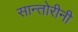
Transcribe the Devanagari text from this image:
सान्तोरीनी